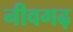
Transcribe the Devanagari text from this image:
नीवगढ़